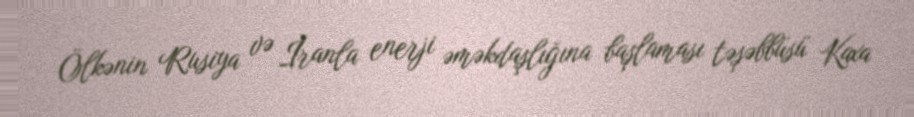
Ölkənin Rusiya və İranla enerji əməkdaşlığına başlaması təşəbbüsü Kaxa